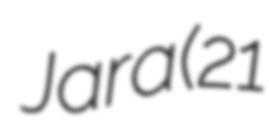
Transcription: Jara (21